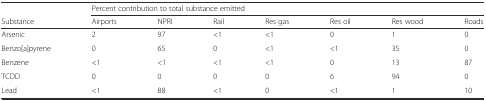
<table><thead><tr><td></td><td colspan="7"><b>Percent contribution to total substance emitted</b></td></tr><tr><td><b>Substance</b></td><td><b>Airports</b></td><td><b>NPRI</b></td><td><b>Rail</b></td><td><b>Res gas</b></td><td><b>Res oil</b></td><td><b>Res wood</b></td><td><b>Roads</b></td></tr></thead><tbody><tr><td>Arsenic</td><td>2</td><td>97</td><td>&lt;1</td><td>&lt;1</td><td>0</td><td>1</td><td>0</td></tr><tr><td>Benzo[a]pyrene</td><td>0</td><td>65</td><td>0</td><td>&lt;1</td><td>&lt;1</td><td>35</td><td>0</td></tr><tr><td>Benzene</td><td>&lt;1</td><td>&lt;1</td><td>&lt;1</td><td>&lt;1</td><td>0</td><td>13</td><td>87</td></tr><tr><td>TCDD</td><td>0</td><td>0</td><td>0</td><td>0</td><td>6</td><td>94</td><td>0</td></tr><tr><td>Lead</td><td>&lt;1</td><td>88</td><td>&lt;1</td><td>0</td><td>&lt;1</td><td>1</td><td>10</td></tr></tbody></table>